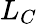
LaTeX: L_{C}